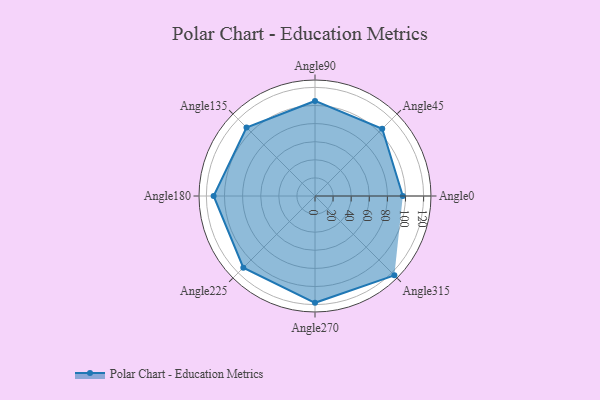
{"axis": {"x": "Angle", "y": "Radius"}, "legend": [""], "data": [{"x": "Angle0", "y": 97.0, "type": ""}, {"x": "Angle45", "y": 105.0, "type": ""}, {"x": "Angle90", "y": 105.0, "type": ""}, {"x": "Angle135", "y": 107.0, "type": ""}, {"x": "Angle180", "y": 112.0, "type": ""}, {"x": "Angle225", "y": 112.0, "type": ""}, {"x": "Angle270", "y": 118.0, "type": ""}, {"x": "Angle315", "y": 124.0, "type": ""}]}